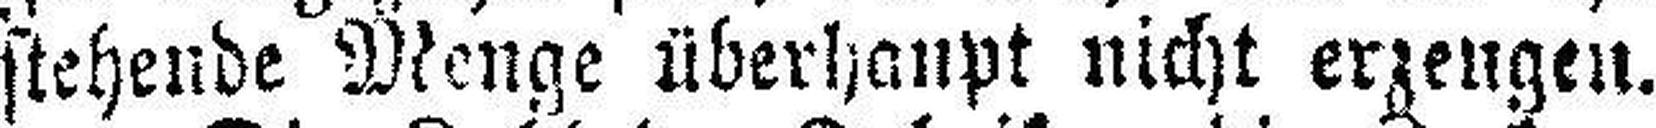
stehende Menge überhaupt nicht erzeugen.